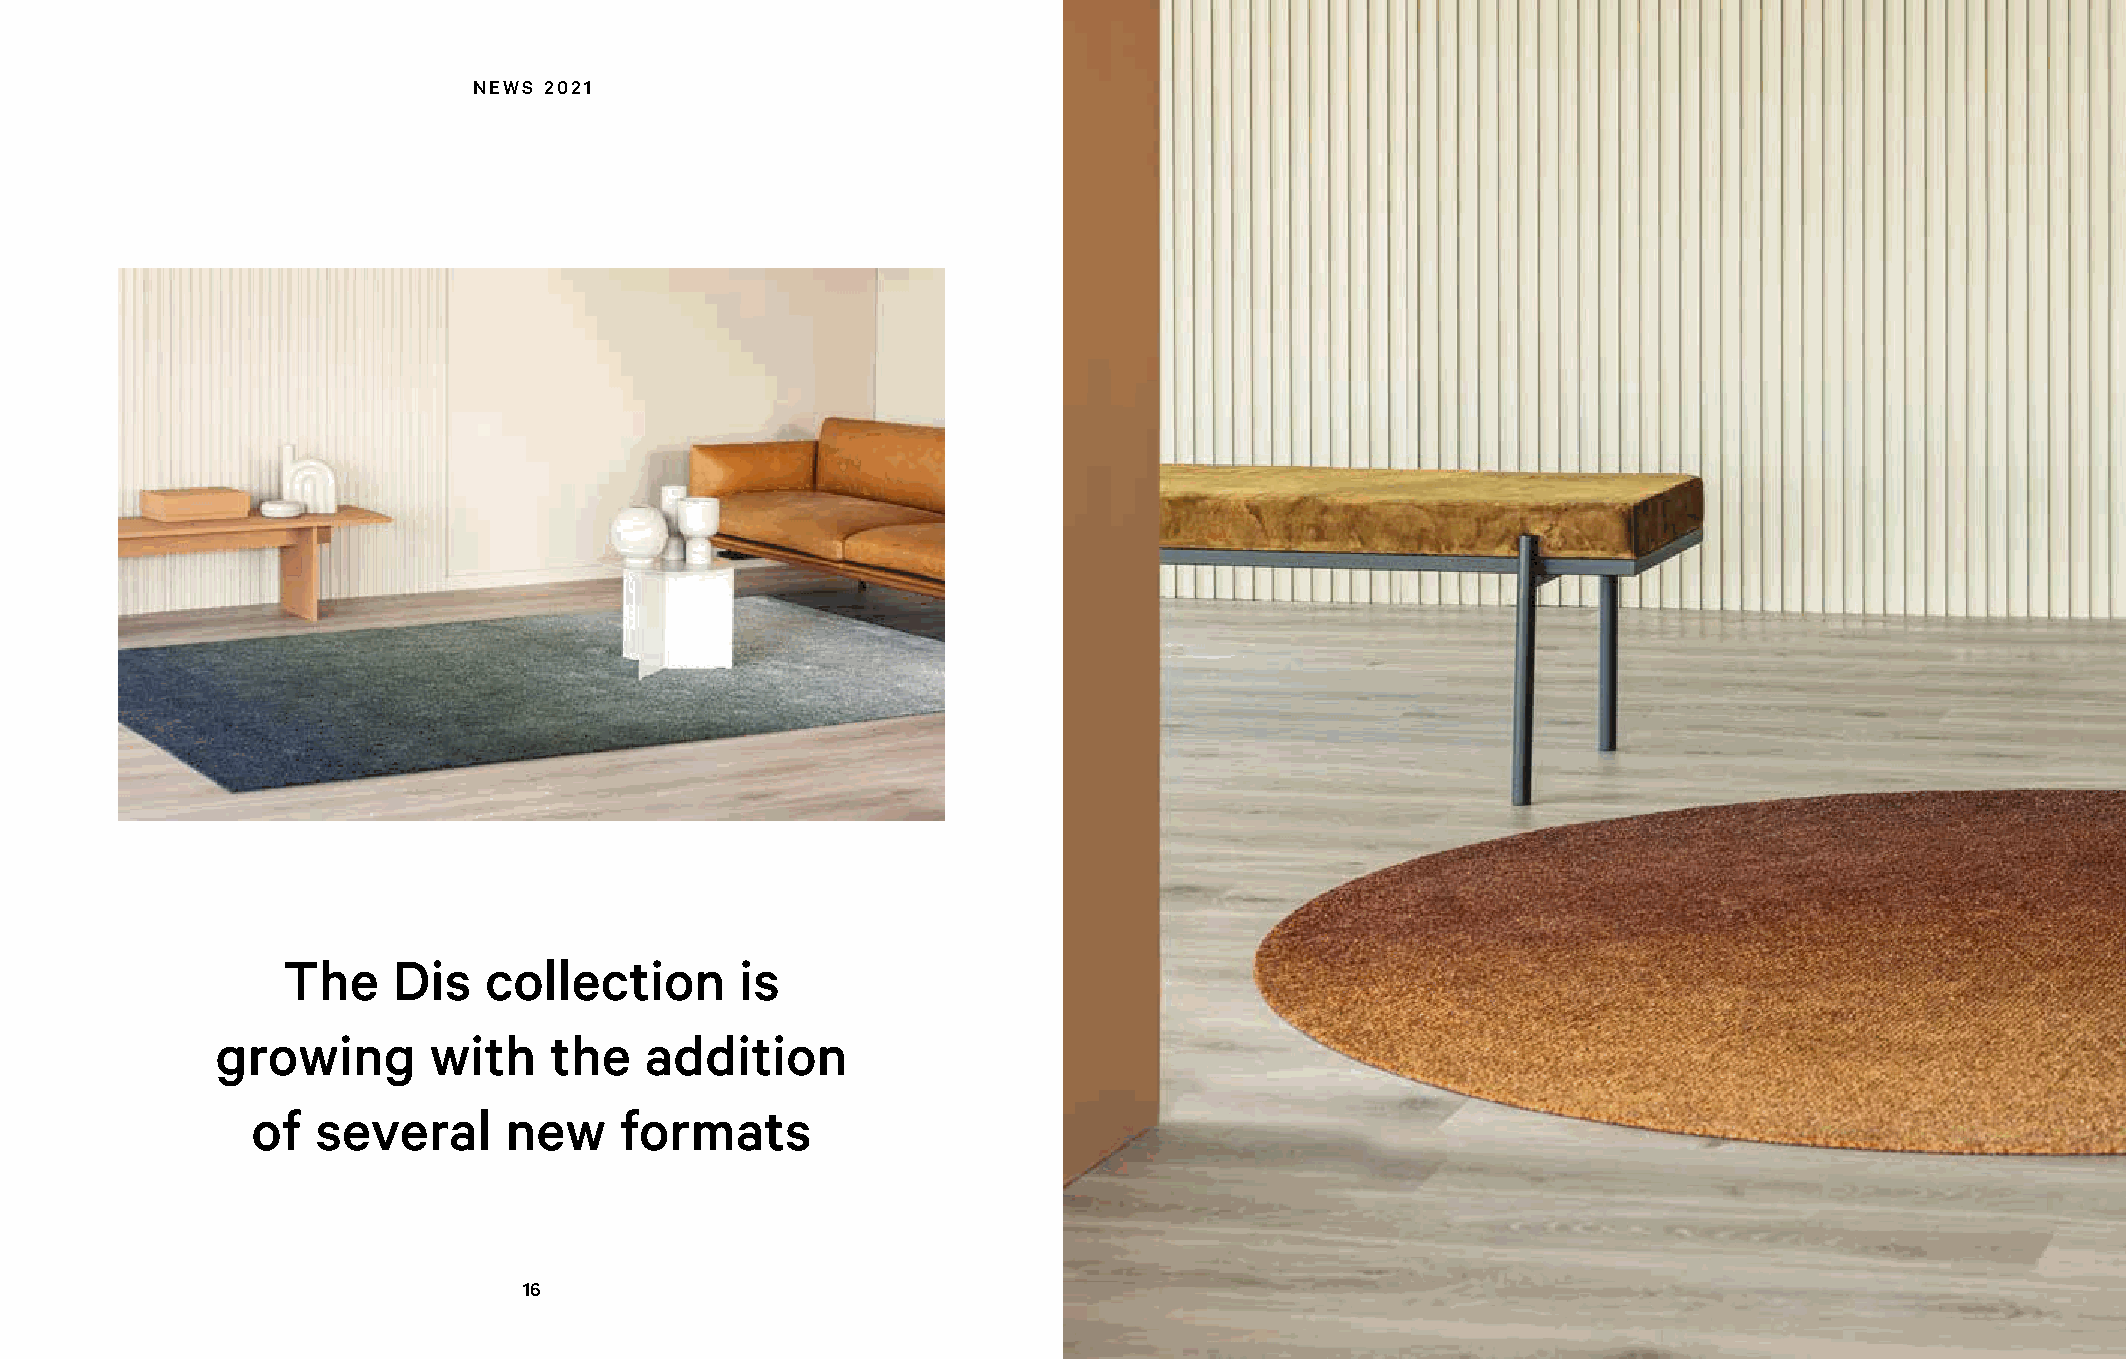
NEWS 2021
 The    Dis   collection       is
 growing       with    the    addition
 of  several     new     formats
 16                                                                    17